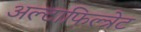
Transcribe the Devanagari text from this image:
अल्टाफिल्त्रेट